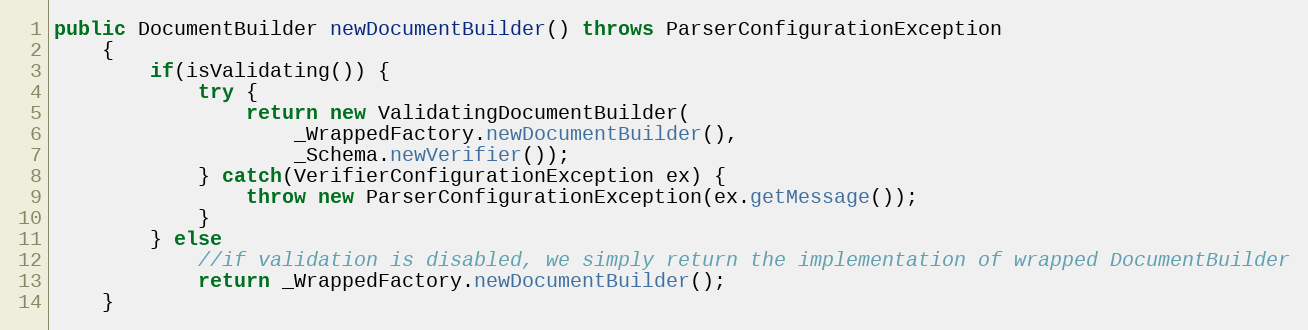
Language: Java
public DocumentBuilder newDocumentBuilder() throws ParserConfigurationException
    {
        if(isValidating()) {
            try {
                return new ValidatingDocumentBuilder(
                    _WrappedFactory.newDocumentBuilder(),
                    _Schema.newVerifier());
            } catch(VerifierConfigurationException ex) {
                throw new ParserConfigurationException(ex.getMessage());
            }
        } else
            //if validation is disabled, we simply return the implementation of wrapped DocumentBuilder
            return _WrappedFactory.newDocumentBuilder();
    }